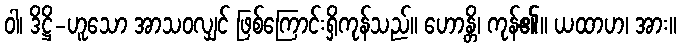
ဝါ၊ ဒိဋ္ဌိ-ဟူသော အာသဝလျှင် ဖြစ်ကြောင်းရှိကုန်သည်။ ဟောန္တိ၊ ကုန်၏။ ယထာဟ၊ အား။